Report on vaccination in Madras 1904-1921 - 1904-1921
Year: 1904
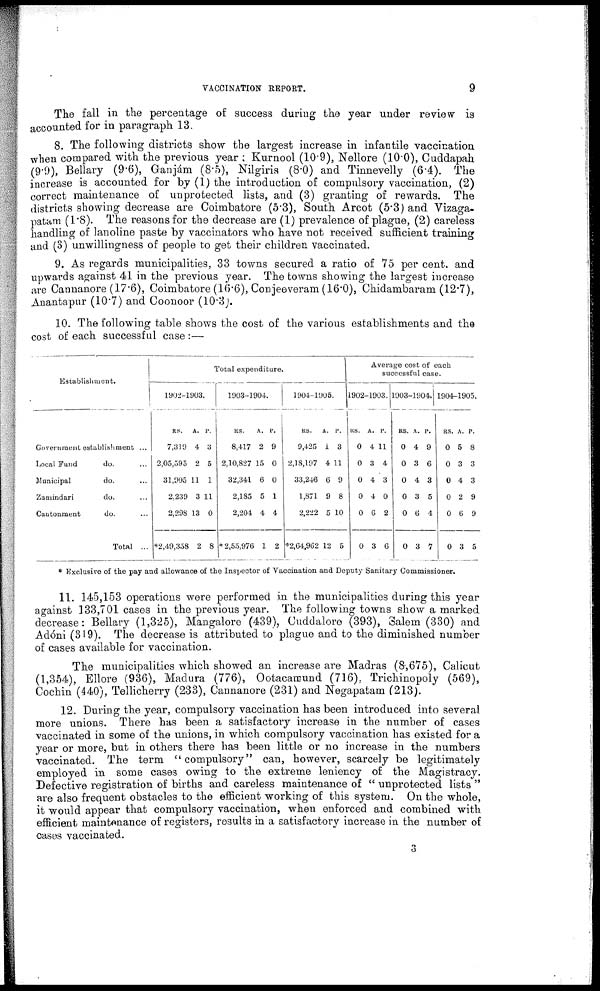
VACCINATION REPORT.
9
The fall in the percentage of success during the year under review is
accounted for in paragraph 13.
8. The following districts show the largest increase in infantile vaccination
when compared with the previous year . Kurnool (10.9), Nellore (10.0), Cuddapah
(9.9), Bellary (9.6), Ganjám (8.5), Nilgiris (8.0) and Tinnevelly (6.4). The
increase is accounted for by (1) the introduction of compulsory vaccination, (2)
correct maintenance of unprotected lists, and (3) granting of rewards. The
districts showing decrease are Coimbatore (5.3), South Arcot (5.3) and Vizaga-
patam (1.8). The reasons for the decrease are (1) prevalence of plague, (2) careless
handling of lanoline paste by vaccinators who have not received sufficient training
and (3) unwillingness of people to get their children vaccinated.
9. As regards municipalities, 33 towns secured a ratio of 75 per cent. and
upwards against 41 in the previous year. The towns showing the largest increase
are Cannanore (17.6), Coimbatore (16.6), Conjeeveram(16.0), Chidambaram (12.7),
Anantapur (10.7) and Coonoor (10.3).
10. The following table shows the cost of the various establishments and the
cost of each successful case :—
Establishment.
Government establishment ...
Local Fund
do. ...
Municipal
do. ...
Zamindari
do. ...
Cantonment
do. ...
Total ...
Total expenditure.
1902-1903.
RS.
7,319
2,05,595
31,905
2,239
2,298
*2,49,358
A.
4
2
11
3
13
2
P.
3
5
1
11
0
8
1903-1904.
RS.
8,417
2,10,827
32,341
2,185
2,204
* 2,55,976
A.
2
15
6
5
4
1
P.
9
0
0
1
4
2
1904-1905.
RS.
9,425
2,18,197
33,246
1,871
2 222
*2,64,962
A.
1
4
6
9
5
12
P.
3
11
9
8
10
5
Average cost of each
successful case.
1902-1903.
RS.
0
0
0
0
0
0
A.
4
3
4
4
6
3
P.
11
4
3
0
2
6
1903-1904.
RS.
0
0
0
0
0
0
A.
4
3
4
3
6
3
P.
9
6
3
5
4
7
1904-1905.
RS.
0
0
0
0
0
0
A.
5
3
4
2
6
3
P.
8
3
3
9
9
5
* Exclusive of the pay and allowance of the Inspector of Vaccination and Deputy Sanitary Commissioner.
11. 145,153 operations were performed in the municipalities during this year
against 133,701 cases in the previous year. The following towns show a marked
decrease: Bellary (1,325), Mangalore (439), Cuddalore (393), Salem (330) and
Adóni (319). The decrease is attributed to plague and to the diminished number
of cases available for vaccination.
The municipalities which showed an increase are Madras (8,675), Calicut
(1,354), Ellore (936), Madura (776), Ootacamund (716), Trichinopoly (569),
Cochin (440), Tellicherry (233), Cannanore (231) and Negapatam (213).
12. During the year, compulsory vaccination has been introduced into several
more unions. There has been a satisfactory increase in the number of cases
vaccinated in some of the unions, in which compulsory vaccination has existed for a
year or more, but in others there has been little or no increase in the numbers
vaccinated. The term "compulsory" can, however, scarcely be legitimately
employed in some cases owing to the extreme leniency of the Magistracy.
Defective registration of births and careless maintenance of " unprotected lists "
are also frequent obstacles to the efficient working of this system. On the whole,
it would appear that compulsory vaccination, when enforced and combined with
efficient maintenance of registers, results in a satisfactory increase in the number of
cases vaccinated.
3